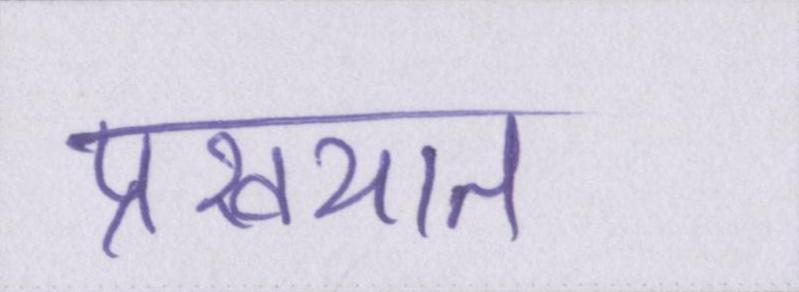
प्रख्यात